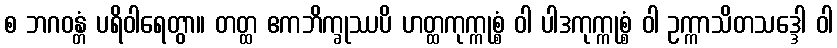
စ ဘဂဝန္တံ ပရိဝါရေတွာ။ တတ္ထ ဧကဘိက္ခုဿပိ ဟတ္ထကုက္ကုစ္စံ ဝါ ပါဒကုက္ကုစ္စံ ဝါ ဥက္ကာသိတသဒ္ဒေါ ဝါ